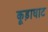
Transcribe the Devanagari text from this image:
कूड़ाघाट